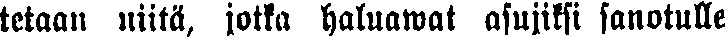
tetaau niitä, jotka haluawat asujiksi sanotulle